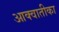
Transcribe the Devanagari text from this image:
आक्वातीका